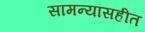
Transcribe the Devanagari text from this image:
सामन्यांसहीत